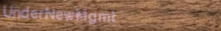
UnderNewMgmt